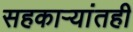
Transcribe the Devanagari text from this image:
सहकाऱ्यांतही